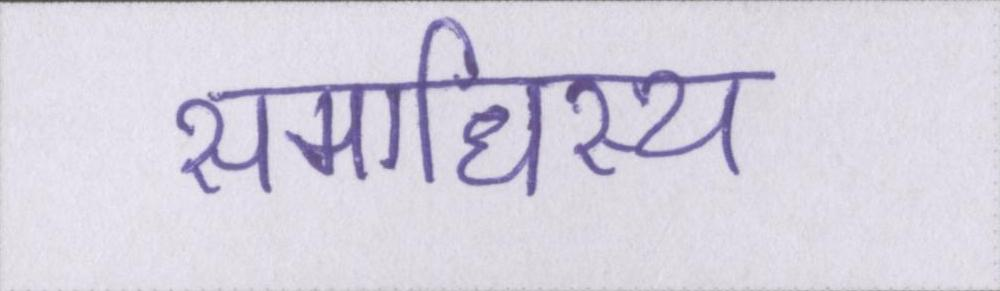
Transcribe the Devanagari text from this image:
समाधिस्थ